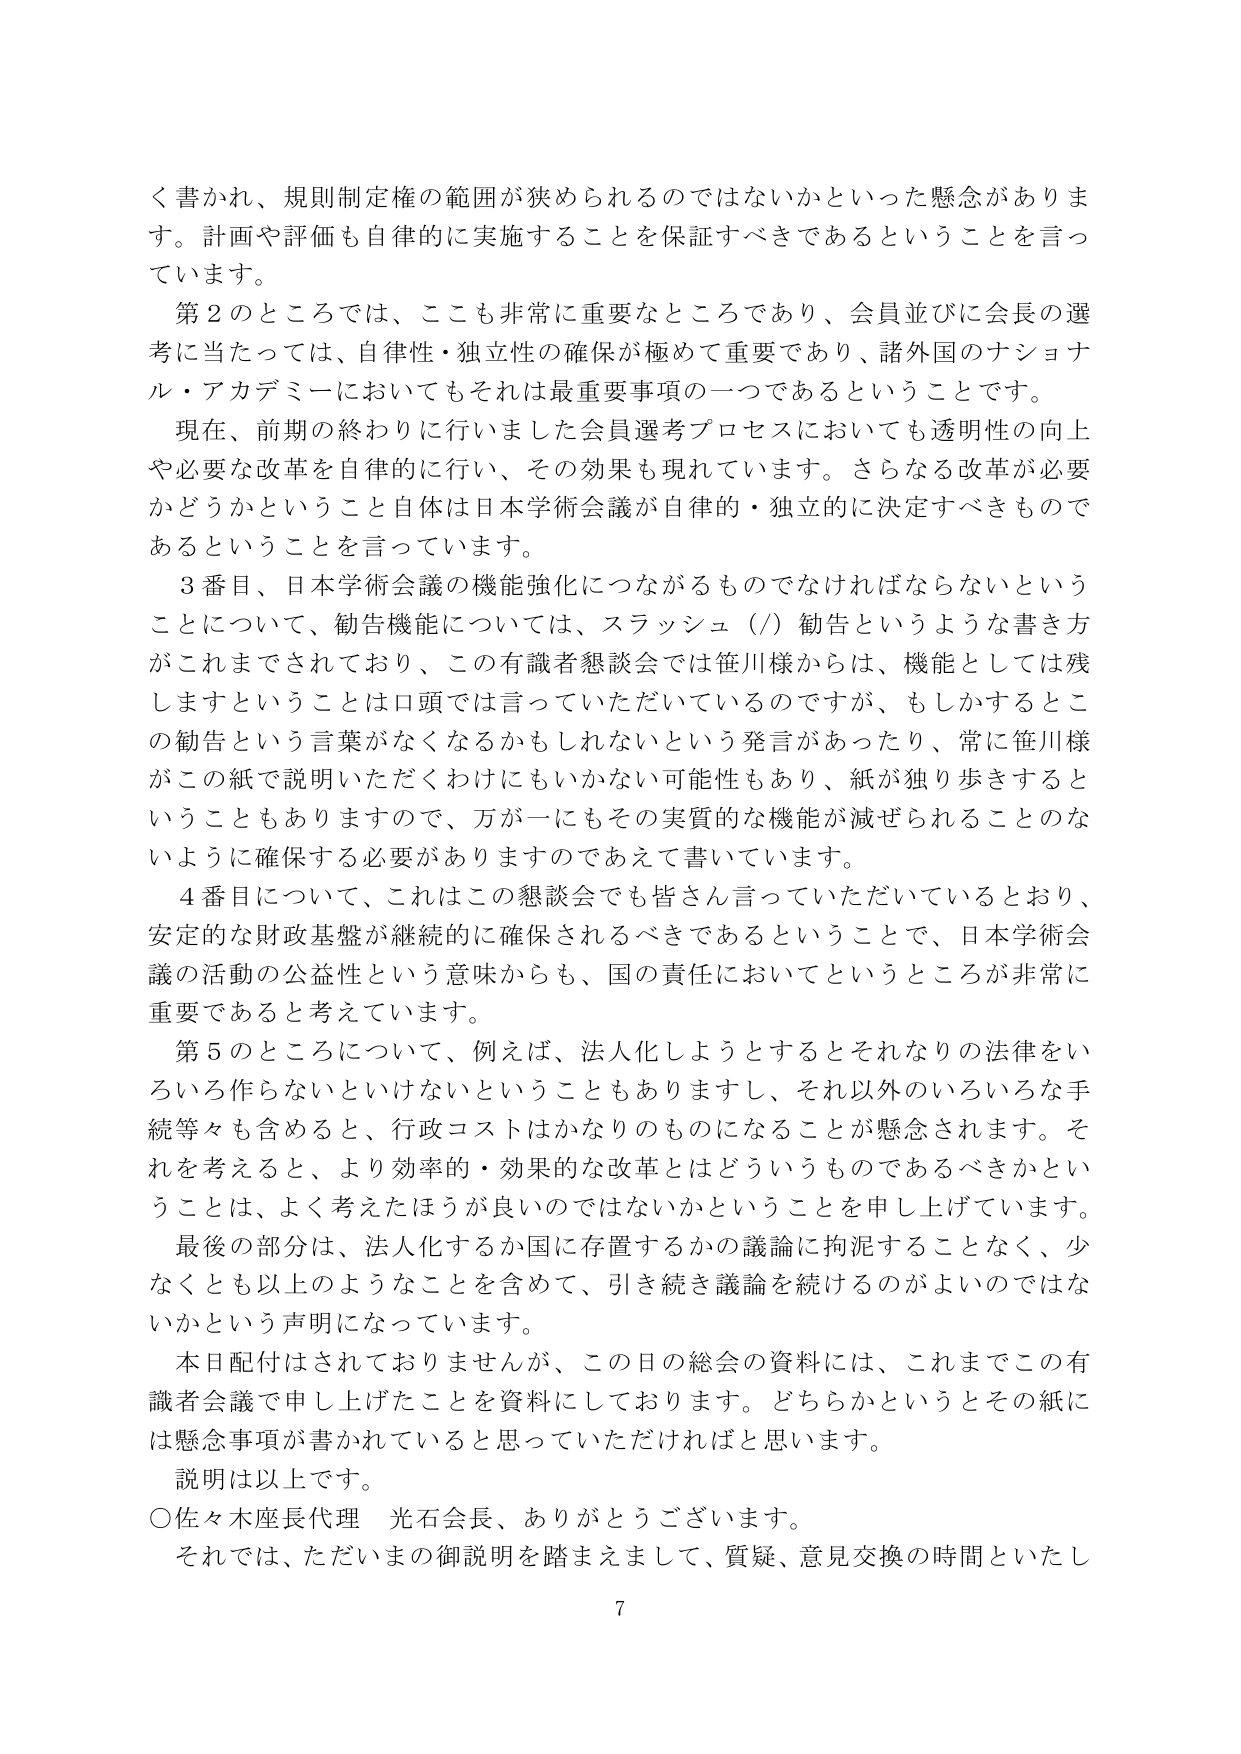
く書かれ、規則制定権の範囲が狭められるのではないかといった懸念があります。計画や評価も自律的に実施することを保証すべきであるということを言っています。

第2のところでは、ここも非常に重要なところであり、会員並びに会長の選考に当たっては、自律性・独立性の確保が極めて重要であり、諸外国のナショナル・アカデミーにおいてもそれは最重要事項の一つであるということです。

現在、前期の終わりに行いました会員選考プロセスにおいても透明性の向上や必要な改革を自律的に行い、その効果も現れています。さらなる改革が必要かどうかということ自体は日本学術会議が自律的・独立的に決定すべきものであるということを言っています。

3番目、日本学術会議の機能強化につながるものでなければならないということについて、勧告機能については、スラッシュ（/）勧告というような書き方がこれまでされており、この有識者懇談会では笹川様からは、機能としては残しますということは口頭では言っていただいているのですが、もしかするとこの勧告という言葉がなくなるかもしれないという発言があったり、常に笹川様がこの紙で説明いただくわけにもいかない可能性もあり、紙が独り歩きすることもあり得ますので、万が一にもその実質的な機能が減ぜられることのないように確保する必要がありましてあえて書いています。

4番目について、これはこの懇談会でも皆さん言っていただいているとおり、安定的な財政基盤が継続的に確保されるべきであるということで、日本学術会議の活動の公益性という意味からも、国の責任においてというところが非常に重要であると考えています。

第5のところについて、例えば、法人化しようとするとそれなりの法律をいろいろ作らないといけないということもありますし、それ以外のいろいろな手続等々も含めると、行政コストはかなりのものになることが懸念されます。それを考えると、より効率的・効果的な改革とはどういうものであるべきかということは、よく考えたほうが良いのではないかということを申し上げています。

最後の部分は、法人化するか国に存置するかの議論に拘泥することなく、少なくとも以上のようなことを含めて、引き続き議論を続けるのがよいのではないかという声明になっています。

本日配付はされておりませんが、この日の総会の資料には、これまでこの有識者会議で申し上げたことを資料にしております。どちらかというとその紙には懸念事項が書かれていると思っていただければと思います。

説明は以上です。

○佐々木座長代理 光石会長、ありがとうございます。

それでは、ただいまの御説明を踏まえまして、質疑、意見交換の時間といたし

7